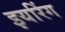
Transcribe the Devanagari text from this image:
इयरिंग